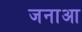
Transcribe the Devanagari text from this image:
जनाआ